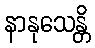
နာနုသေန္တိ